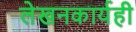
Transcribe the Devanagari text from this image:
लेखनकार्यही